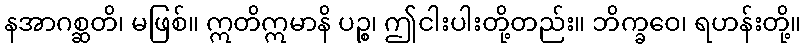
နအာဂစ္ဆတိ၊ မဖြစ်။ ဣတိဣမာနိ ပဉ္စ၊ ဤငါးပါးတို့တည်း။ ဘိက္ခဝေ၊ ရဟန်းတို့။